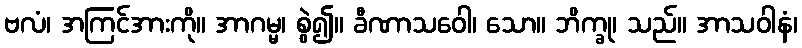
ဗလံ၊ အကြင်အားကို။ အာဂမ္မ၊ စွဲ၍။ ခီဏာသဝေါ၊ သော။ ဘိက္ခု၊ သည်။ အာသဝါနံ၊